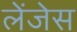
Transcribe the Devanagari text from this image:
लेंजेस